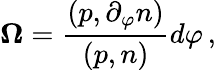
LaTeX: {\mathbf\Omega}=\frac{(p,\partial_{\varphi}n)}{(p,n)}d\varphi\, ,